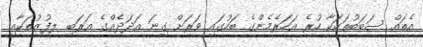
އެތައް ސަބަބުތަކަކާ ހުރެ އަހަރެމެންގެ ބަހުގައި ވަރަށް ގިނަ އަދަދެއްގެ ޢަރަބި ލފުޒުތަކާއި